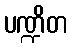
ပဏ္ဍိတ